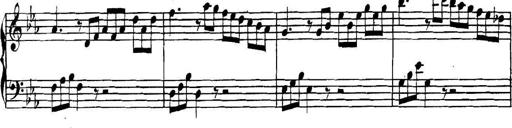
Title: Collected Piano Sonatas
Composer: Muzio Clementi